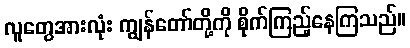
လူတွေအားလုံး ကျွန်တော်တို့ကို စိုက်ကြည့်နေကြသည်။